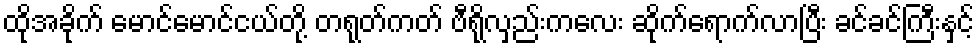
ထိုအခိုက် မောင်မောင်ငယ်တို့ တရုတ်ကတ် ဗီရိုလှည်းကလေး ဆိုက်ရောက်လာပြီး ခင်ခင်ကြီးနှင့်